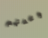
وعدتهم